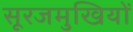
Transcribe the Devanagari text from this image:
सूरजमुखियों